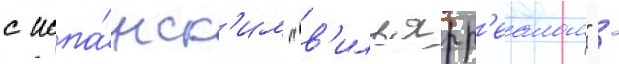
с испа́нск'им "в'ильярр'еалом" -